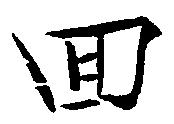
回